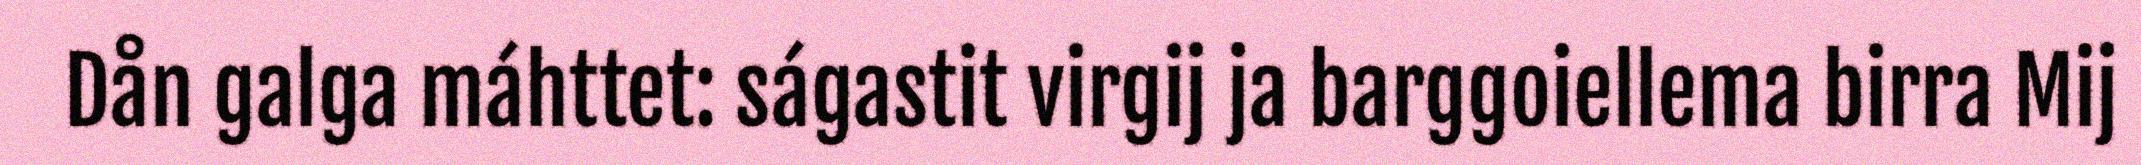
Dån galga máhttet: ságastit virgij ja barggoiellema birra Mij